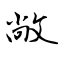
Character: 敞